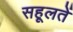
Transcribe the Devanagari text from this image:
सहूलतें